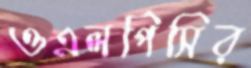
ওএলপিসির